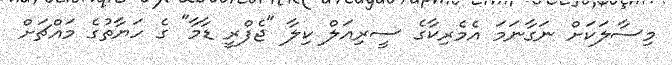
މިސާލަކަށް ނަގާނަމަ އެމެރިކާގެ ސީރިއަލް ކިލާ "ޖެފްރީ ޑާމާ" ގެ ހަޔާތުގެ މައްޗަށް